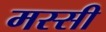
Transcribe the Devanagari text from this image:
मस्सी